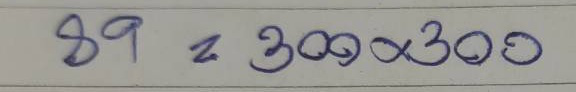
89 = 300x300